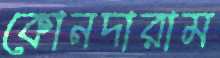
কোনদারাম